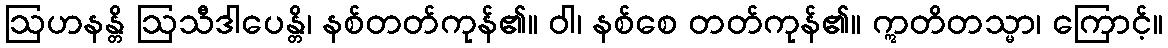
ဩဟနန္တိ ဩသီဒါပေန္တိ၊ နစ်တတ်ကုန်၏။ ဝါ၊ နစ်စေ တတ်ကုန်၏။ ဣတိတသ္မာ၊ ကြောင့်။